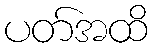
ပတ်အထိ